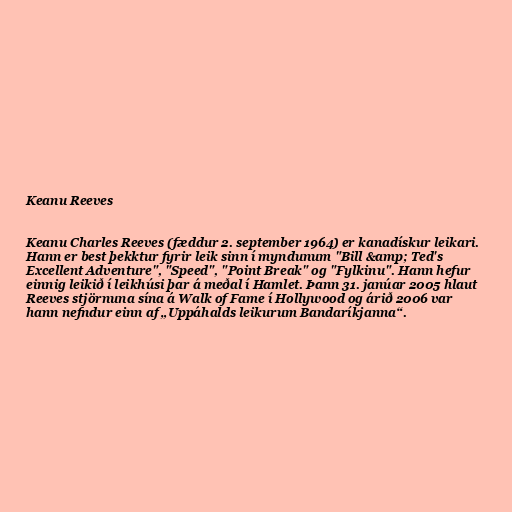
Keanu Reeves

Keanu Charles Reeves (fæddur 2. september 1964) er kanadískur leikari.
Hann er best þekktur fyrir leik sinn í myndunum "Bill &amp; Ted's
Excellent Adventure", "Speed", "Point Break" og "Fylkinu". Hann hefur
einnig leikið í leikhúsi þar á meðal í Hamlet. Þann 31. janúar 2005 hlaut
Reeves stjörnuna sína á Walk of Fame í Hollywood og árið 2006 var
hann nefndur einn af „Uppáhalds leikurum Bandaríkjanna“.